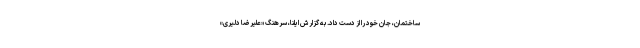
ساختمان، جان خود را از دست داد. به گزارش ایلنا، سرهنگ «علیرضا دلیری»